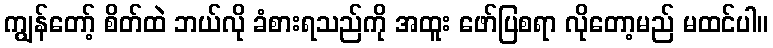
ကျွန်တော့် စိတ်ထဲ ဘယ်လို ခံစားရသည်ကို အထူး ဖော်ပြစရာ လိုတော့မည် မထင်ပါ။